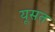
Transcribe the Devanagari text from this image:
यूसत